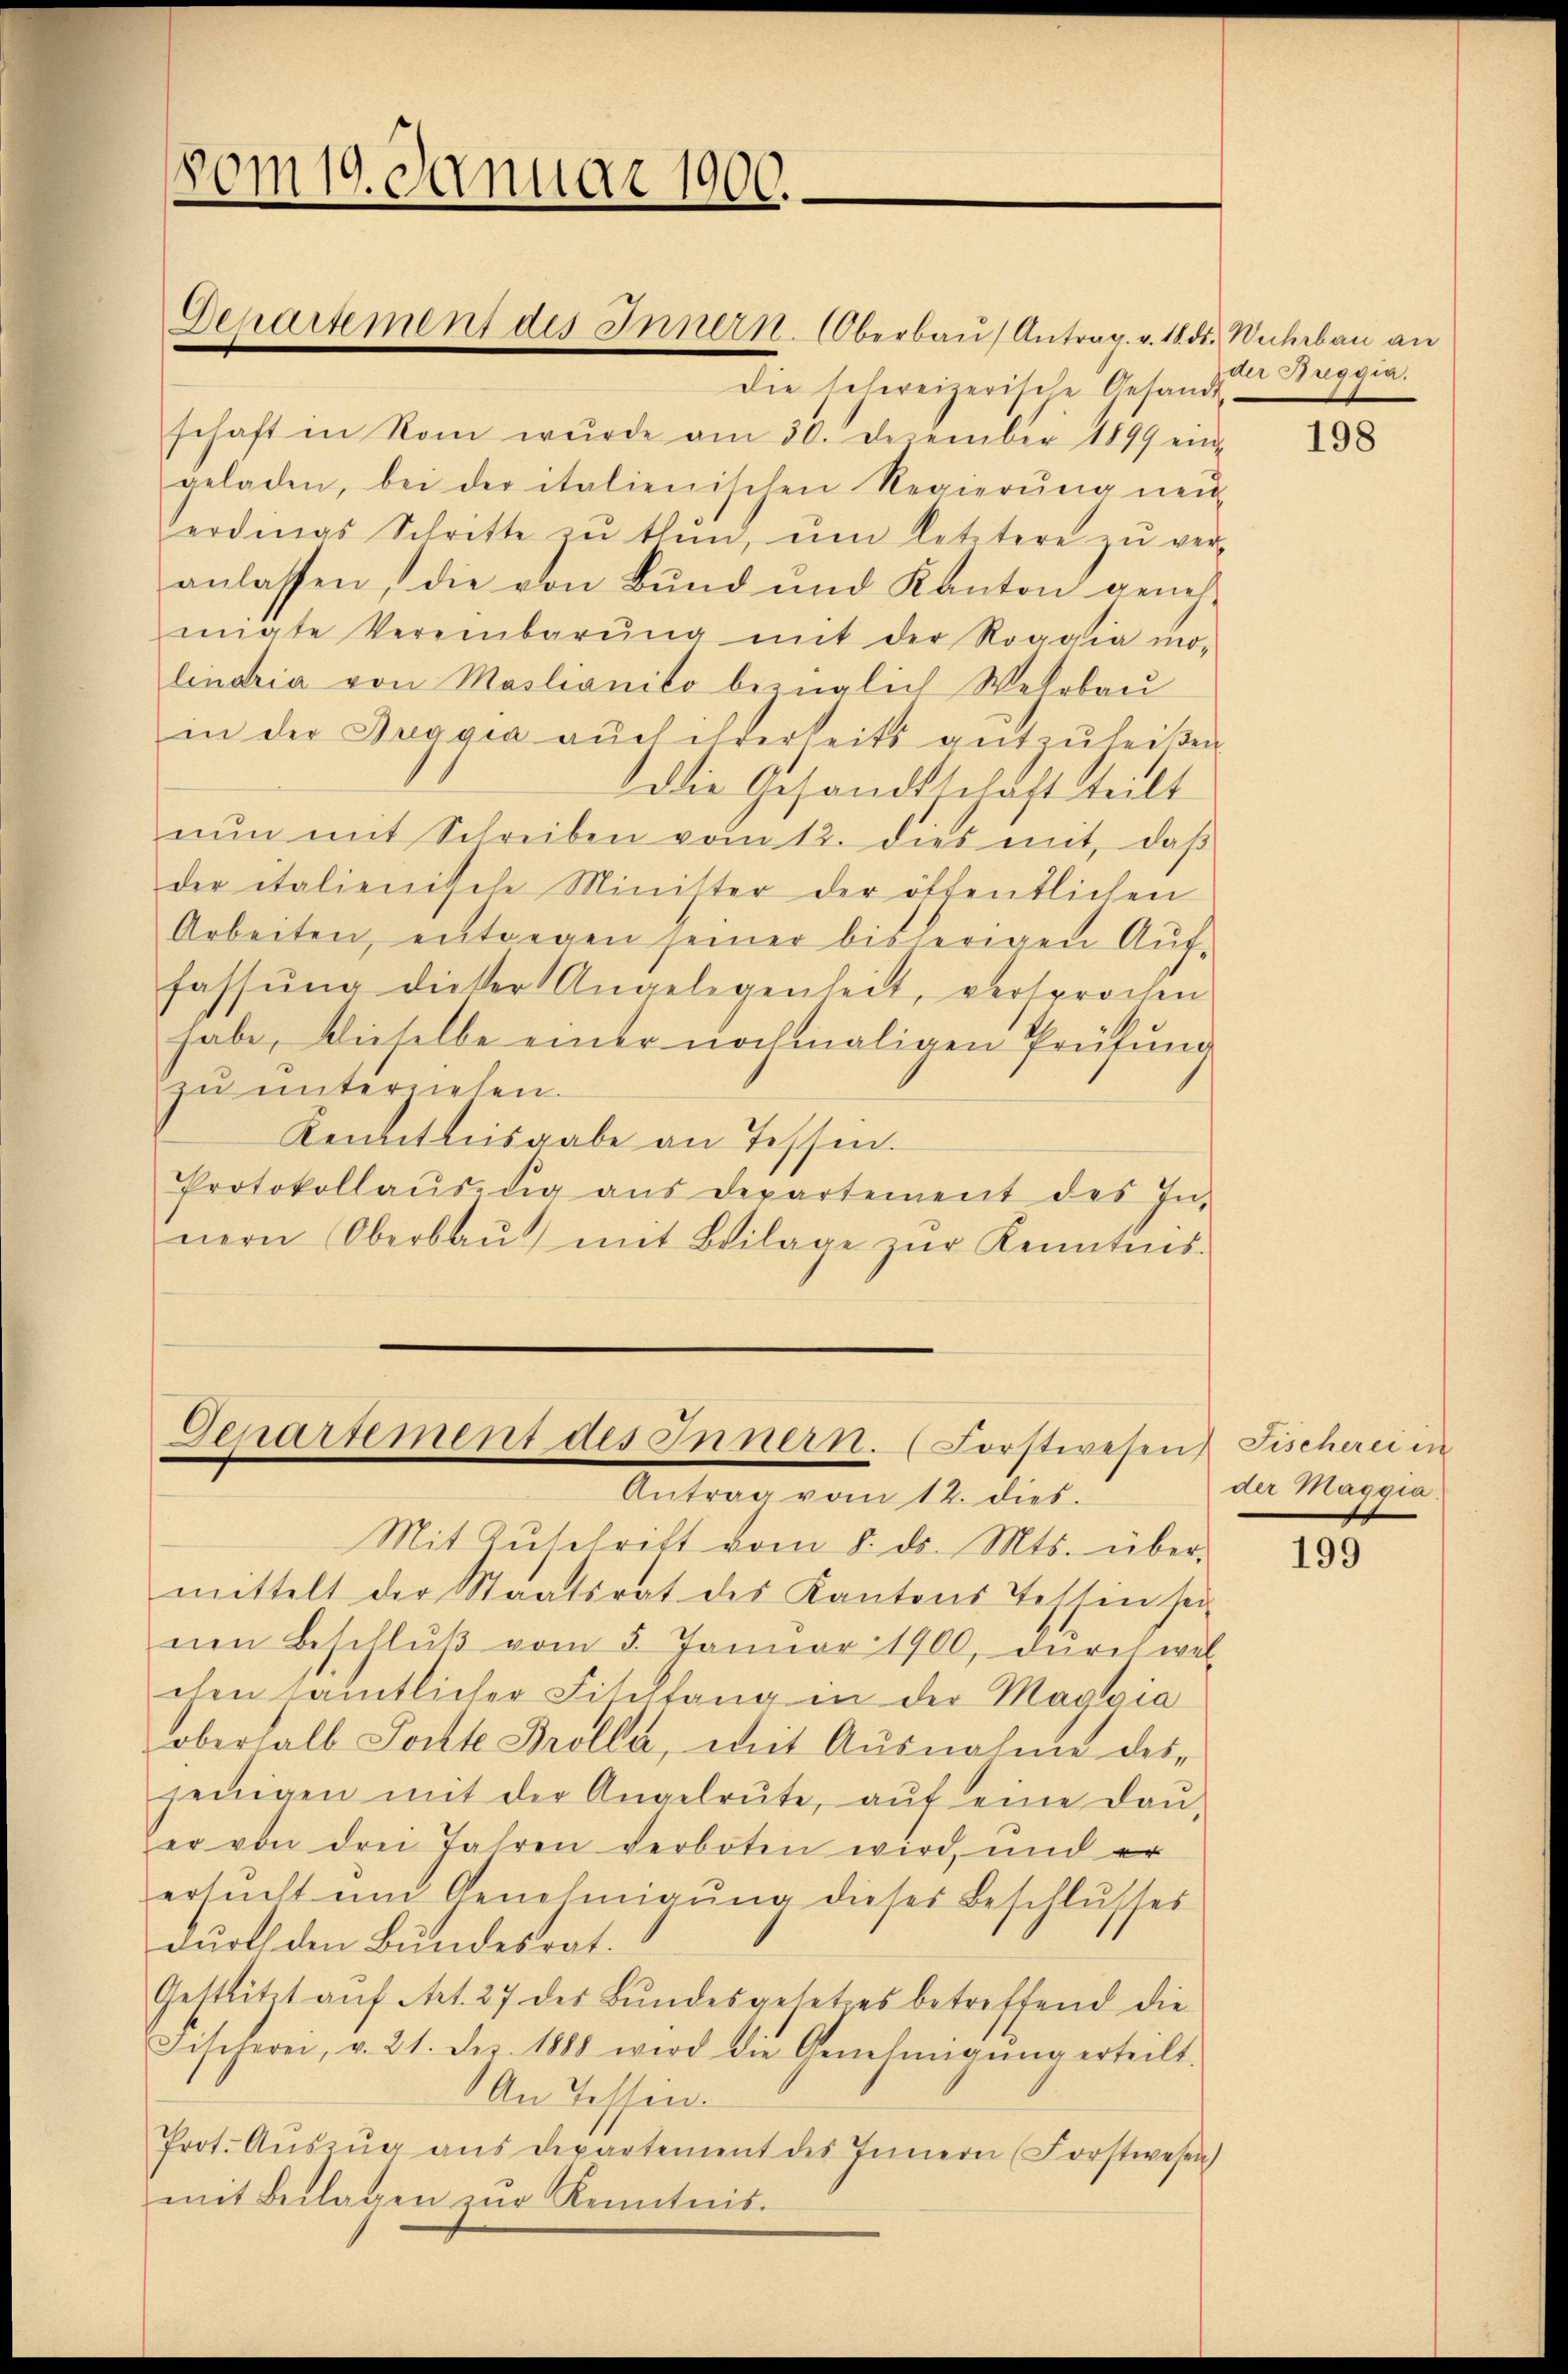
vom 19. Januar 1900.

Gepartement des Innern. (Forstwesen Fischerei in
Antrag vom 12. dies.

Departement des Innern. Oberbau Antrag. v. 18. ds. Wuhrbau an
die schweizerische Gesandt-
schaft in Rom wŭrde am 30. Dezember 1899 eine
geladen, bei der italienischen Regierŭng neŭ-
erdings Schritte zŭ thŭn, ŭm letztere zŭ ver-
anlassen, die von Bund und Kanton geneh-
migte Vereinbarŭng mit der Roggia mo-
lindria von Mastianito bezüglich Wetrbau
in der Duagia aŭch ihrerseits aŭfzŭheißen.
Die Gesandtschaft teilt
nŭn mit Schreiben vom 12. dies mit, daβ
der italienische Minister der öffentlichen
Arbeiten, entgegen seiner bisherigen Aŭf-
fassŭng dicker Angelegenheit, versprochen
habe, dieselbe einer nochmaligen Prüfung
zu unterziehen.
Kenntnisgabe an Tessin.
Protokollaŭszŭg aŭs departement des In-
nern Oberbaŭ) mit Beilage zŭr Kenntins.

Mit Zŭschrift vom 8. ds. Mts. über-
mittelt der Staatsrat des Kantons Tessin sei
nen Beschlŭβ vom 5. Januar 1900, dŭrch wel-
chen sämtlicher Fischtang in der Maggia
oberhalb Jochte Brolla, mit Ausnahme desjenigen mit der Angelrŭte, aŭf eine Daŭ-
er von drei Jahren verboten wird, und er
ersŭcht und Genehmigŭng dieses Beschlŭsses
durch den Bundesrat.
Gestlitzt aŭf Art. 27 der Bŭndesgesetzes betreffend die
Fischerei, v. 21. Dez. 1888 wird die Genehmigŭng erteilt.
An Tessen.
Prot. Aŭszŭg aŭs departement des Innern (Forstwesen)
mit Beilagen zur Renntnis.

der Reggia.

198

der Maggia

199